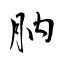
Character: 肭